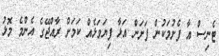
ޓެނިސް އާ ފެށުމަކުން ފަށަން އަޅާ ފިޔަވަޅެއް ކަމަށް ރާއްޖޭގެ އެންމެ މޮޅު